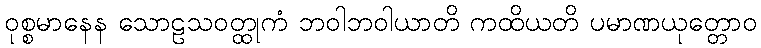
ဝုစ္စမာနေန သောဠသဝတ္ထုကံ ဘဝါဘဝါယာတိ ကထိယတိ ပမာဏယုတ္တောဝ